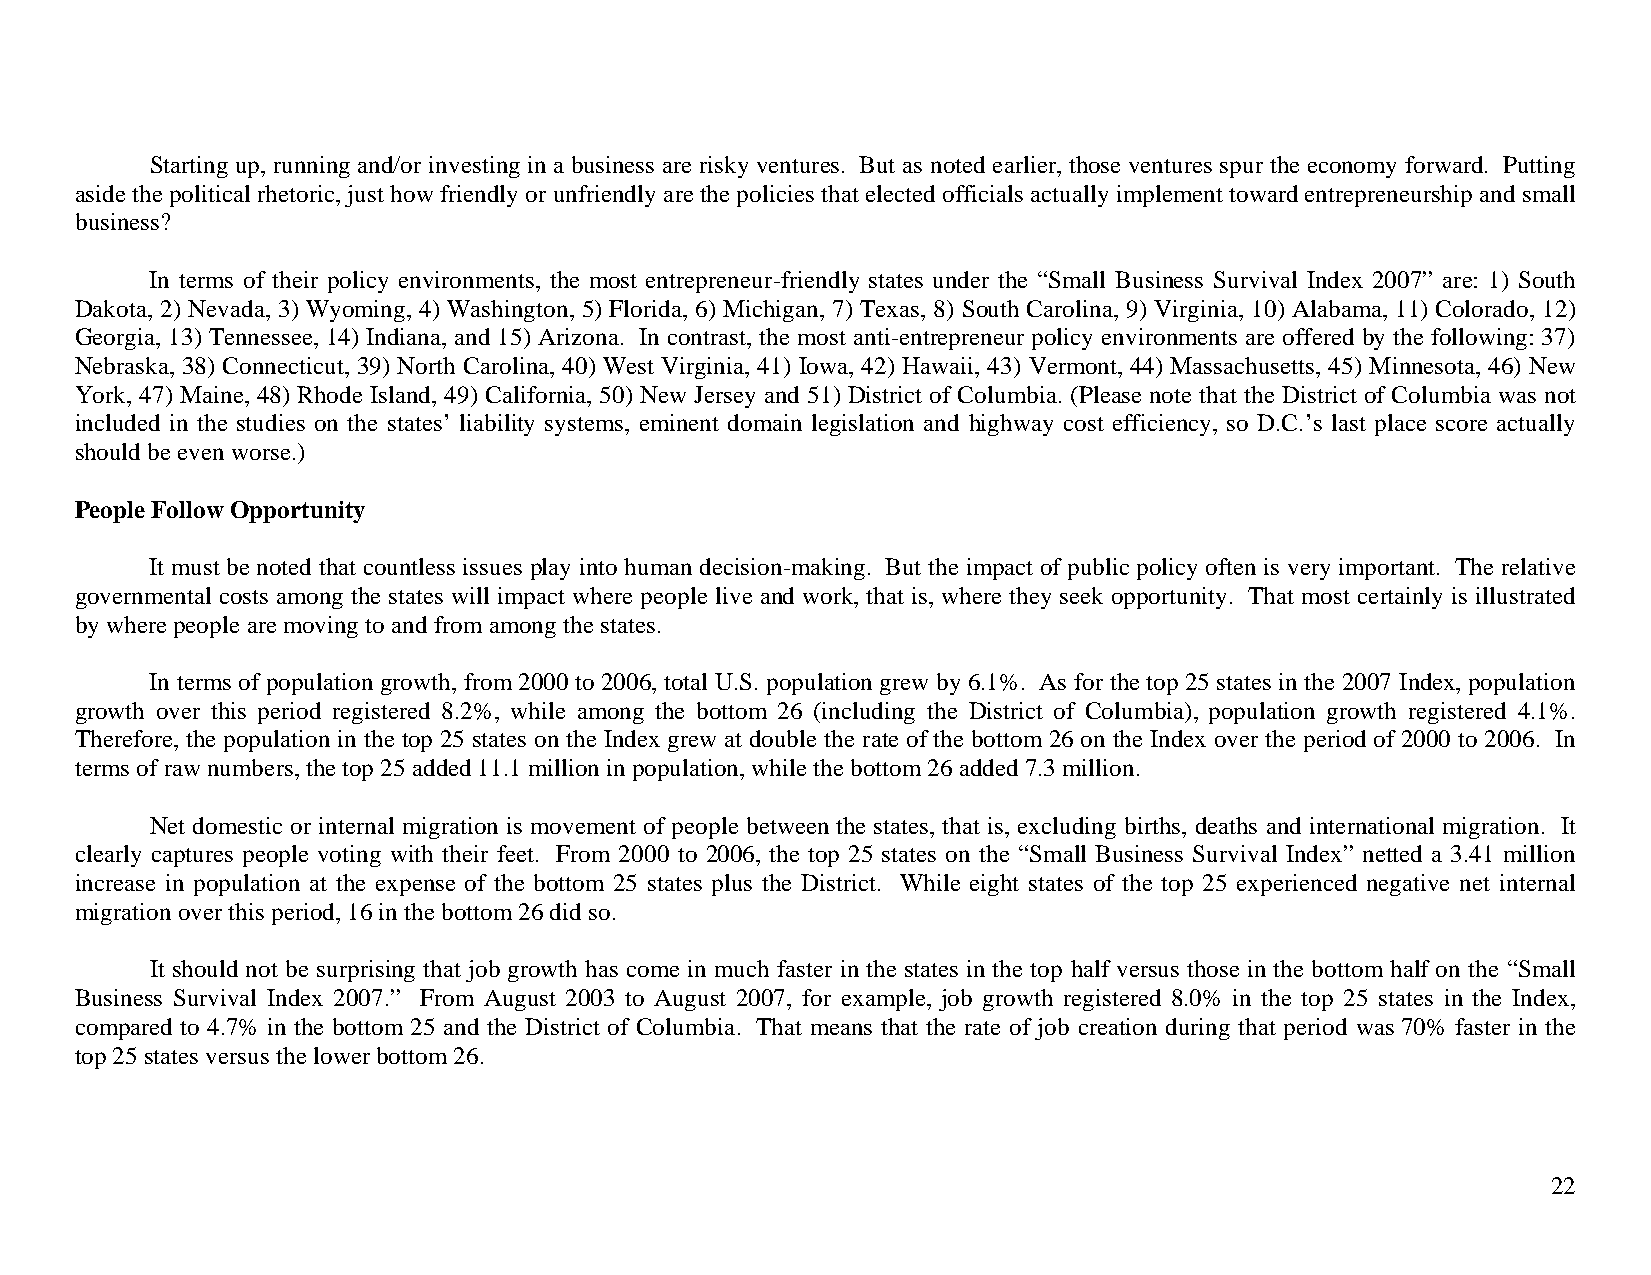
Starting up, running and/or investing in a business are risky ventures. But as noted earlier, those ventures spur the economy forward. Putting
 aside the political rhetoric, just how friendly or unfriendly are the policies that elected officials actually implement toward entrepreneurship and small
 business?
 In terms of their policy environments, the most entrepreneur-friendly states under the “Small Business Survival Index 2007” are: 1) South
 Dakota, 2) Nevada, 3) Wyoming, 4) Washington, 5) Florida, 6) Michigan, 7) Texas, 8) South Carolina, 9) Virginia, 10) Alabama, 11) Colorado, 12)
 Georgia, 13) Tennessee, 14) Indiana, and 15) Arizona. In contrast, the most anti-entrepreneur policy environments are offered by the following: 37)
 Nebraska, 38) Connecticut, 39) North Carolina, 40) West Virginia, 41) Iowa, 42) Hawaii, 43) Vermont, 44) Massachusetts, 45) Minnesota, 46) New
 York, 47) Maine, 48) Rhode Island, 49) California, 50) New Jersey and 51) District of Columbia. (Please note that the District of Columbia was not
 included in the studies on the states’ liability systems, eminent domain legislation and highway cost efficiency, so D.C.’s last place score actually
 should be even worse.)
 People Follow Opportunity
 It must be noted that countless issues play into human decision-making. But the impact of public policy often is very important. The relative
 governmental costs among the states will impact where people live and work, that is, where they seek opportunity. That most certainly is illustrated
 by where people are moving to and from among the states.
 In terms of population growth, from 2000 to 2006, total U.S. population grew by 6.1%. As for the top 25 states in the 2007 Index, population
 growth over this period registered 8.2%, while among the bottom 26 (including the District of Columbia), population growth registered 4.1%.
 Therefore, the population in the top 25 states on the Index grew at double the rate of the bottom 26 on the Index over the period of 2000 to 2006. In
 terms of raw numbers, the top 25 added 11.1 million in population, while the bottom 26 added 7.3 million.
 Net domestic or internal migration is movement of people between the states, that is, excluding births, deaths and international migration. It
 clearly captures people voting with their feet. From 2000 to 2006, the top 25 states on the “Small Business Survival Index” netted a 3.41 million
 increase in population at the expense of the bottom 25 states plus the District. While eight states of the top 25 experienced negative net internal
 migration over this period, 16 in the bottom 26 did so.
 It should not be surprising that job growth has come in much faster in the states in the top half versus those in the bottom half on the “Small
 Business Survival Index 2007.” From August 2003 to August 2007, for example, job growth registered 8.0% in the top 25 states in the Index,
 compared to 4.7% in the bottom 25 and the District of Columbia. That means that the rate of job creation during that period was 70% faster in the
 top 25 states versus the lower bottom 26.
 22